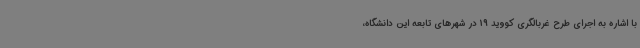
با اشاره به اجرای طرح غربالگری کووید 19 در شهرهای تابعه این دانشگاه،